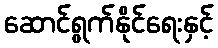
ဆောင်ရွက်နိုင်ရေးနှင့်